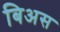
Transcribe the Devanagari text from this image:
बिअस